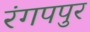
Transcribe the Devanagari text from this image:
रंगपपुर